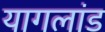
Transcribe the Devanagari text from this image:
यागलांड